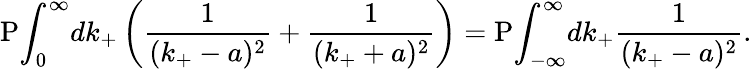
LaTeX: \mathrm{P}{\int}_{0}^{\infty}dk_{+}\left(\frac{1}{(k_{+}-a)^{2}}+\frac{1}{(k_{+}+a)^{2}}\right)=\mathrm{P}{\int}_{-\infty}^{\infty}dk_{+}\frac{1}{(k_{+}-a)^{2}}.